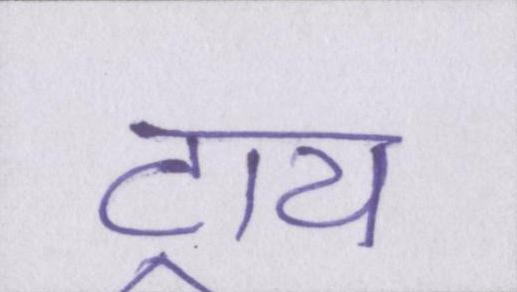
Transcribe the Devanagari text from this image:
ट्राय